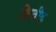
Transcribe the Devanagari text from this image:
क्षितींद्र